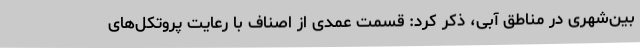
بین‌شهری در مناطق آبی، ذکر کرد: قسمت عمدی از اصناف با رعایت پروتکل‌های